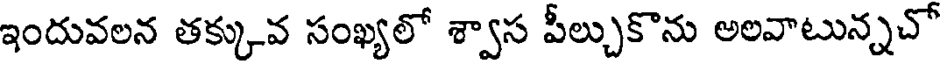
ఇందువలన తక్కువ సంఖ్యలో శ్వాస పీల్చుకొను అలవాటున్నచో